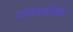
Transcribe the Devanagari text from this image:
उपापचयिक